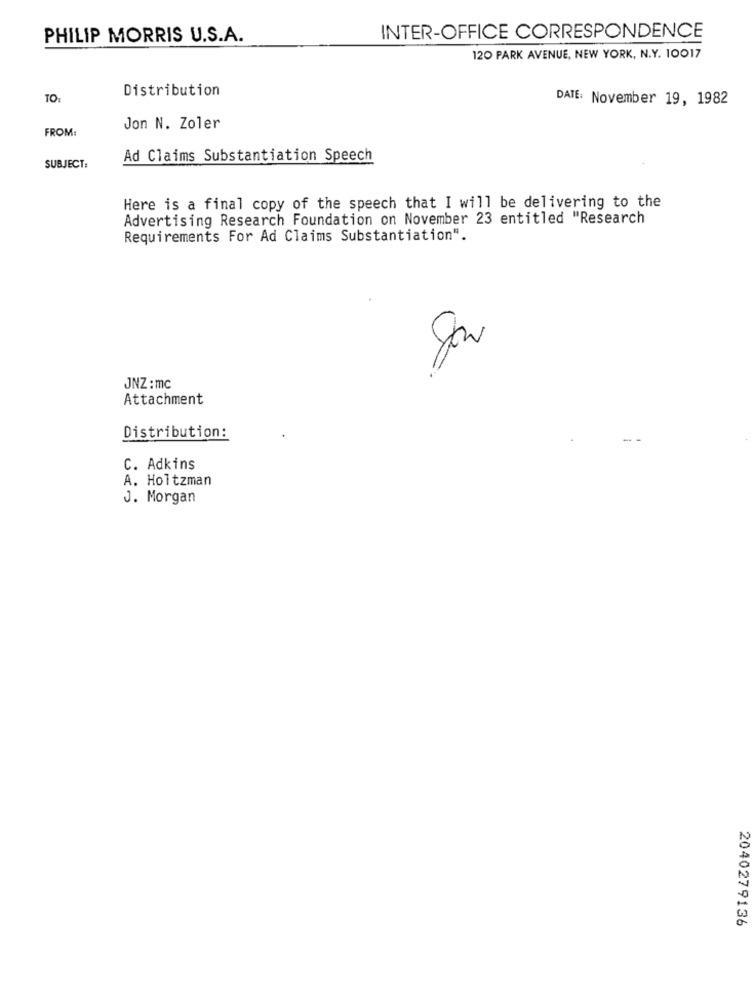
PHILIP MORRIS U.S.A.
INTER-OFFICE CORRESPONDENCE
120 PARK AVENUE, NEW YORK, N.Y. 10017
Distribution
TO:
DATE: November 19, 1982
FROM:
Jon N. Zoler
Ad Claims Substantiation Speech
SUBJECT:
Here is a final copy of the speech that I will be delivering to the
Advertising Research Foundation on November 23 entitled "Research
Requirements For Ad Claims Substantiation".
JNZ : mc
Attachment
Distribution:
C. Adkins
A. Holtzman
J. Morgan
2040279136